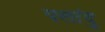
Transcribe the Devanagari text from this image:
पलांदु